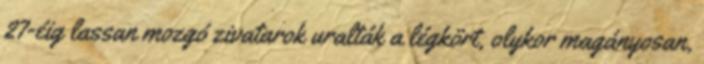
27-éig lassan mozgó zivatarok uralták a légkört, olykor magányosan,